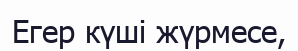
Егер күші жүрмесе,